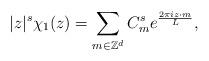
LaTeX: \begin{align*}|z|^s \chi_1 (z) = \sum_{m \in \mathbb Z^d} C_m^s e^{ \frac {2\pi i z\cdot m} L },\end{align*}